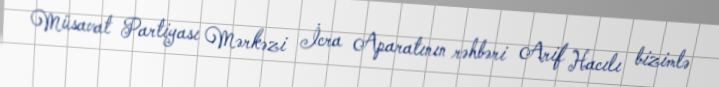
Müsavat Partiyası Mərkəzi İcra Aparatının rəhbəri Arif Hacılı bizimlə